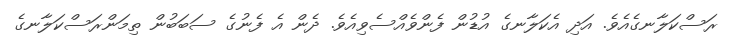
ރަސްކަލާނގެއެވެ. އަދި އެކަލާނގެ އުޑުން ފެންވެއްސެވިއެވެ. ދެން އެ ފެނުގެ ސަބަބުން ތިމަންރަސްކަލާނގެ